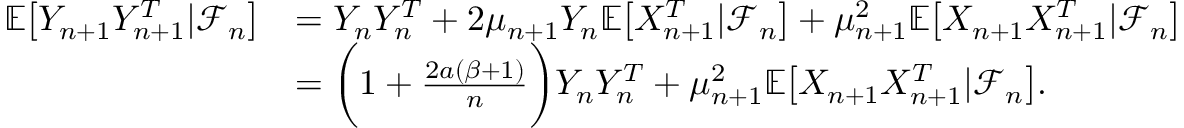
\begin{array} { r l } { \mathbb { E } \big [ Y _ { n + 1 } Y _ { n + 1 } ^ { T } | \mathcal { F } _ { n } \big ] } & { = Y _ { n } Y _ { n } ^ { T } + 2 \mu _ { n + 1 } Y _ { n } \mathbb { E } \big [ X _ { n + 1 } ^ { T } | \mathcal { F } _ { n } \big ] + \mu _ { n + 1 } ^ { 2 } \mathbb { E } \big [ X _ { n + 1 } X _ { n + 1 } ^ { T } | \mathcal { F } _ { n } \big ] } \\ & { = \bigg ( 1 + \frac { 2 a ( \beta + 1 ) } { n } \bigg ) Y _ { n } Y _ { n } ^ { T } + \mu _ { n + 1 } ^ { 2 } \mathbb { E } \big [ X _ { n + 1 } X _ { n + 1 } ^ { T } | \mathcal { F } _ { n } \big ] . } \end{array}